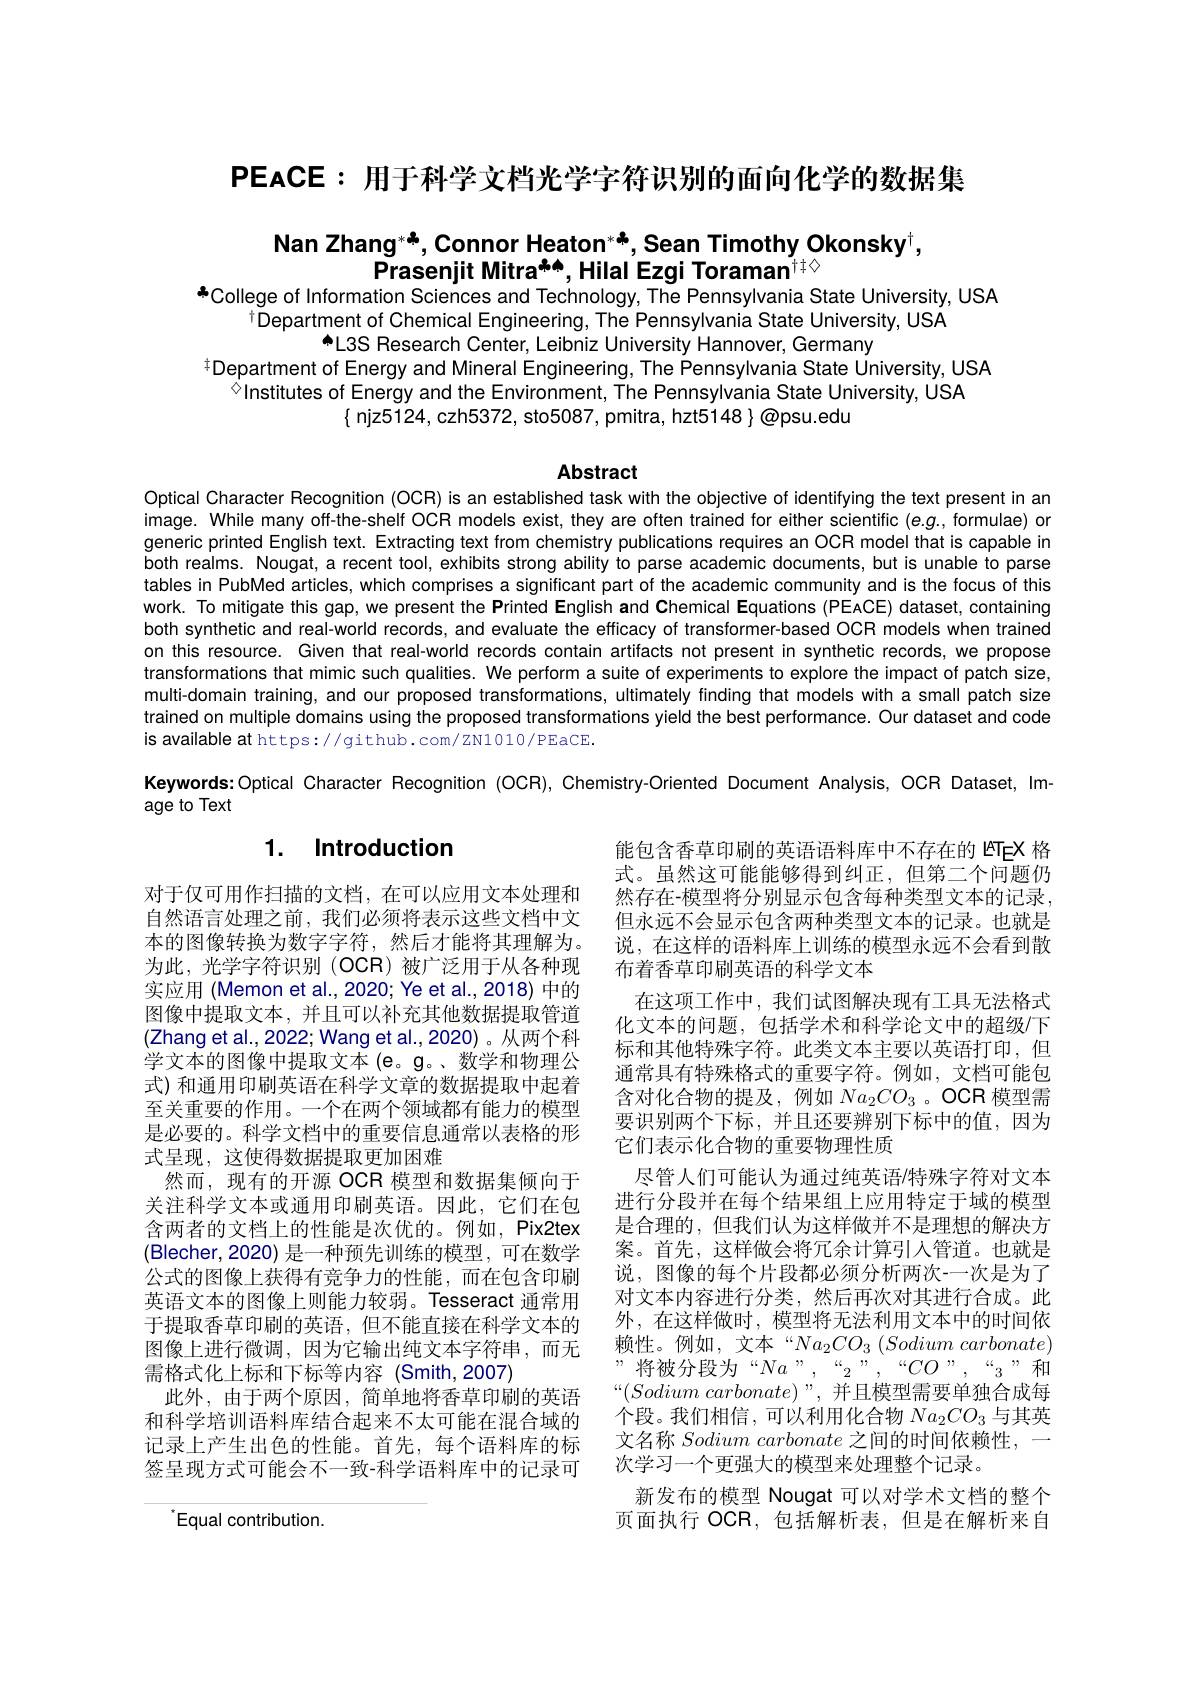
PEACE: 用于科学文档光学字符识别的面向化学的数据集

# Nan Zhang*, Connor Heaton*, Sean Timothy Okonsky$^\dagger$, Prasenjit Mitra$^{\clubsuit\spadesuit}$,Hilal Ezgi Toraman$^{\dagger\dagger\diamond}$ 年College of Information Sciences and Technology, The Pennsylvania State University, USA

$^{\dagger}$Department of Chemical Engineering, The Pennsylvania State University, USA
AL3S Research Center, Leibniz University Hannover, Germany
$^{\ddagger}$Department of Energy and Mineral Engineering, The Pennsylvania State University, USA
$^{\textcircled{\circ}}$Institutes of Energy and the Environment, The Pennsylvania State University, ÚSA
$\{$ njz5124, czh5372, sto5087, pmitra, hzt5148 $\}\textcircled{\text{@psu.edu}}$

## Abstract

Optical Character Recognition (OCR) is an established task with the objective of identifying the text present in an image. While many off-the-shelf OCR models exist, they are often trained for either scientific (e.g., formulae) or generic printed English text. Extracting text from chemistry publications requires an OCR model that is capable in both realms. Nougat, a recent tool, exhibits strong ability to parse academic documents, but is unable to parse tables in PublMed articles, which comprises a significant part of the academic community and is the focus of this work. To mitigate this gap, we present the Printed English and Chemical Equations (PEACE) dataset, containing both synthetic and real-world records, and evaluate the efficacy of transformer-based OCR models when trained on this resource. Given that real-world records contain artifacts not present in synthetic records, we propose transformations that mimic such qualities. We perform a suite of experiments to explore the impact of patch size, multi-domain training, and our proposed transformations, ultimately finding that models with a small patch size trained on multiple domains using the proposed transformations yield the best performance. Our dataset and code is available at https://github. com/ZN1010/PEaCE.

Keywords: Optical Character Recognition (OCR), Chemistry-Oriented Document Analysis, OCR Dataset, Im-

age to Text

## 1. Introduction

对于仅可用作扫描的文档，在可以应用文本处理和自然语言处理之前，我们必须将表示这些文档中文本的图像转换为数字字符，然后才能将其理解为。为此，光学字符识别(OCR)被广泛用于从各种现实应用 (Memon et al.,2020; Ye et al.,2018) 中的图像中提取文本，并且可以补充其他数据提取管道$$($Zhang et al., 2022; Wang et al., 2020)。从两个科$ 学文本的图像中提取文本(e。g。、数学和物理公式) 和通用印刷英语在科学文章的数据提取中起着至关重要的作用。一个在两个领域都有能力的模型是必要的。科学文档中的重要信息通常以表格的形式呈现，这使得数据提取更加困难
然而，现有的开源 OCR 模型和数据集倾向于关注科学文本或通用印刷英语。因此，它们在包含两者的文档上的性能是次优的。例如，Pix2tex (Blecher,2020) 是一种预先训练的模型，可在数学公式的图像上获得有竞争力的性能，而在包含印刷英语文本的图像上则能力较弱。Tesseract 通常用于提取香草印刷的英语，但不能直接在科学文本的图像上进行微调，因为它输出纯文本字符串，而无需格式化上标和下标等内容 (Smith,2007)
此外，由于两个原因，简单地将香草印刷的英语和科学培训语料库结合起来不太可能在混合域的记录上产生出色的性能。首先，每个语料库的标签呈现方式可能会不一致-科学语料库中的记录可

能包含香草印刷的英语语料库中不存在的 ISTEX 格式。虽然这可能能够得到纠正，但第二个问题仍然存在-模型将分别显示包含每种类型文本的记录， 但永远不会显示包含两种类型文本的记录。也就是说，在这样的语料库上训练的模型永远不会看到散布着香草印刷英语的科学文本
在这项工作中，我们试图解决现有工具无法格式化文本的问题，包括学术和科学论文中的超级/下标和其他特殊字符。此类文本主要以英语打印，但通常具有特殊格式的重要字符。例如，文档可能包含对化合物的提及，例如$Na_{2}CO_{3}$ 。OCR 模型需要识别两个下标，并且还要辨别下标中的值，因为它们表示化合物的重要物理性质
尽管人们可能认为通过纯英语/特殊字符对文本进行分段并在每个结果组上应用特定于域的模型是合理的，但我们认为这样做并不是理想的解决方案。首先，这样做会将冗余计算引入管道。也就是说，图像的每个片段都必须分析两次-一次是为了对文本内容进行分类，然后再次对其进行合成。此外，在这样做时，模型将无法利用文本中的时间依赖性。例如，文本“$Na_2CO_{3}\left(Sodium\:carbonate\right)$ ”将被分段为“$Na”,“_{2}”,“CO”,“_{3}”$和“(Sodium carbonate)”, 并且模型需要单独合成每个段。我们相信，可以利用化合物$Na_2CO_{3}$与其英文名称 Sodium carbonate 之间的时间依赖性，一次学习一个更强大的模型来处理整个记录。
新发布的模型 Nougat 可以对学术文档的整个页面执行 OCR,包括解析表，但是在解析来自

$^{*}$Equal contribution.